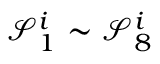
\mathcal { S } _ { 1 } ^ { i } \sim \mathcal { S } _ { 8 } ^ { i }